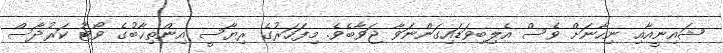
ޝައިނީއާއި ނިހާނަށް ވެސް އެލިބިވަޑައިގަންނަވާ ޖަވާބެވެ. މިފަހަރުގެ ރިޔާސީ އިންތިޚާބުގެ ވޯޓު ކަރުދާސް